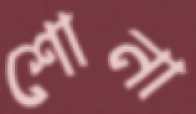
শোনা